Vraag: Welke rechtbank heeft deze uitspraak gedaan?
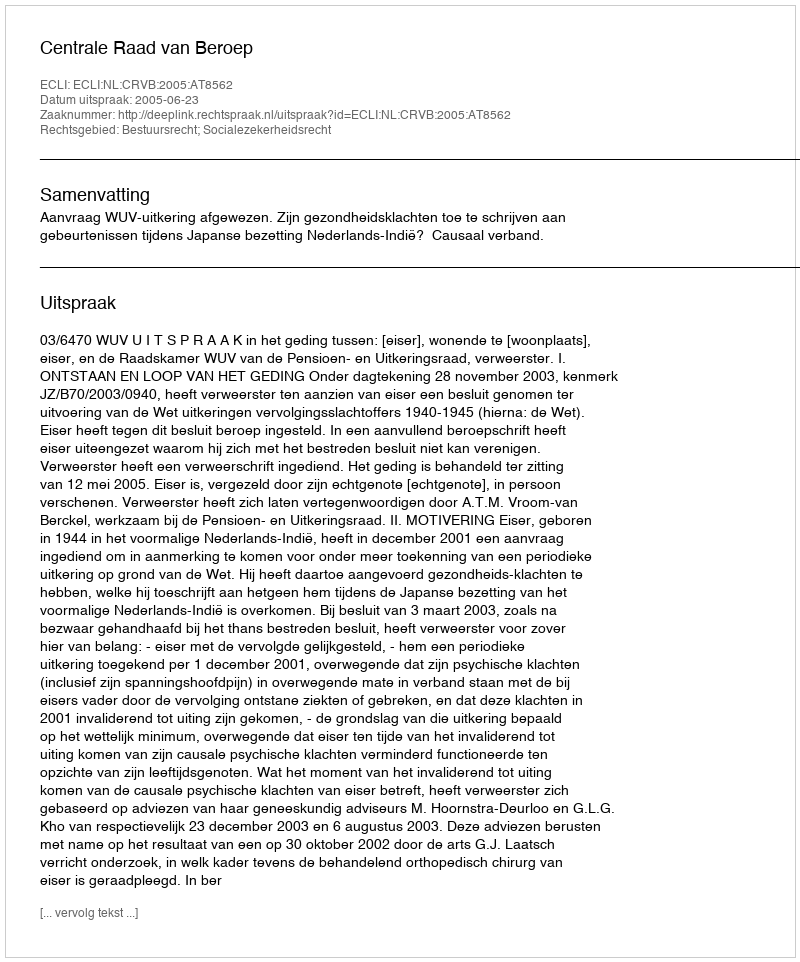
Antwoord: Centrale Raad van Beroep